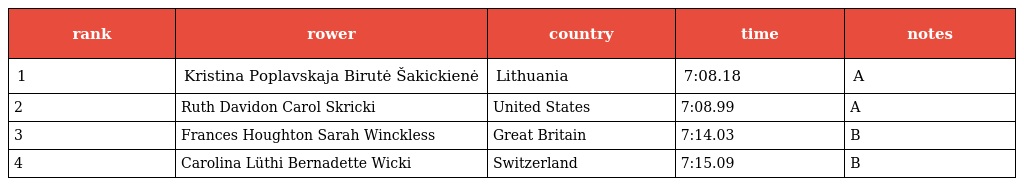
| rank | rower | country | time | notes |
 | --- | --- | --- | --- | --- |
 | 1 | Kristina Poplavskaja Birutė Šakickienė | Lithuania | 7:08.18 | A |
 | 2 | Ruth Davidon Carol Skricki | United States | 7:08.99 | A |
 | 3 | Frances Houghton Sarah Winckless | Great Britain | 7:14.03 | B |
 | 4 | Carolina Lüthi Bernadette Wicki | Switzerland | 7:15.09 | B |